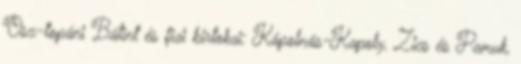
Osz-topáni Bálint és fiai birtokai: Kápolnás-Kapoly, Zics és Pamuk,